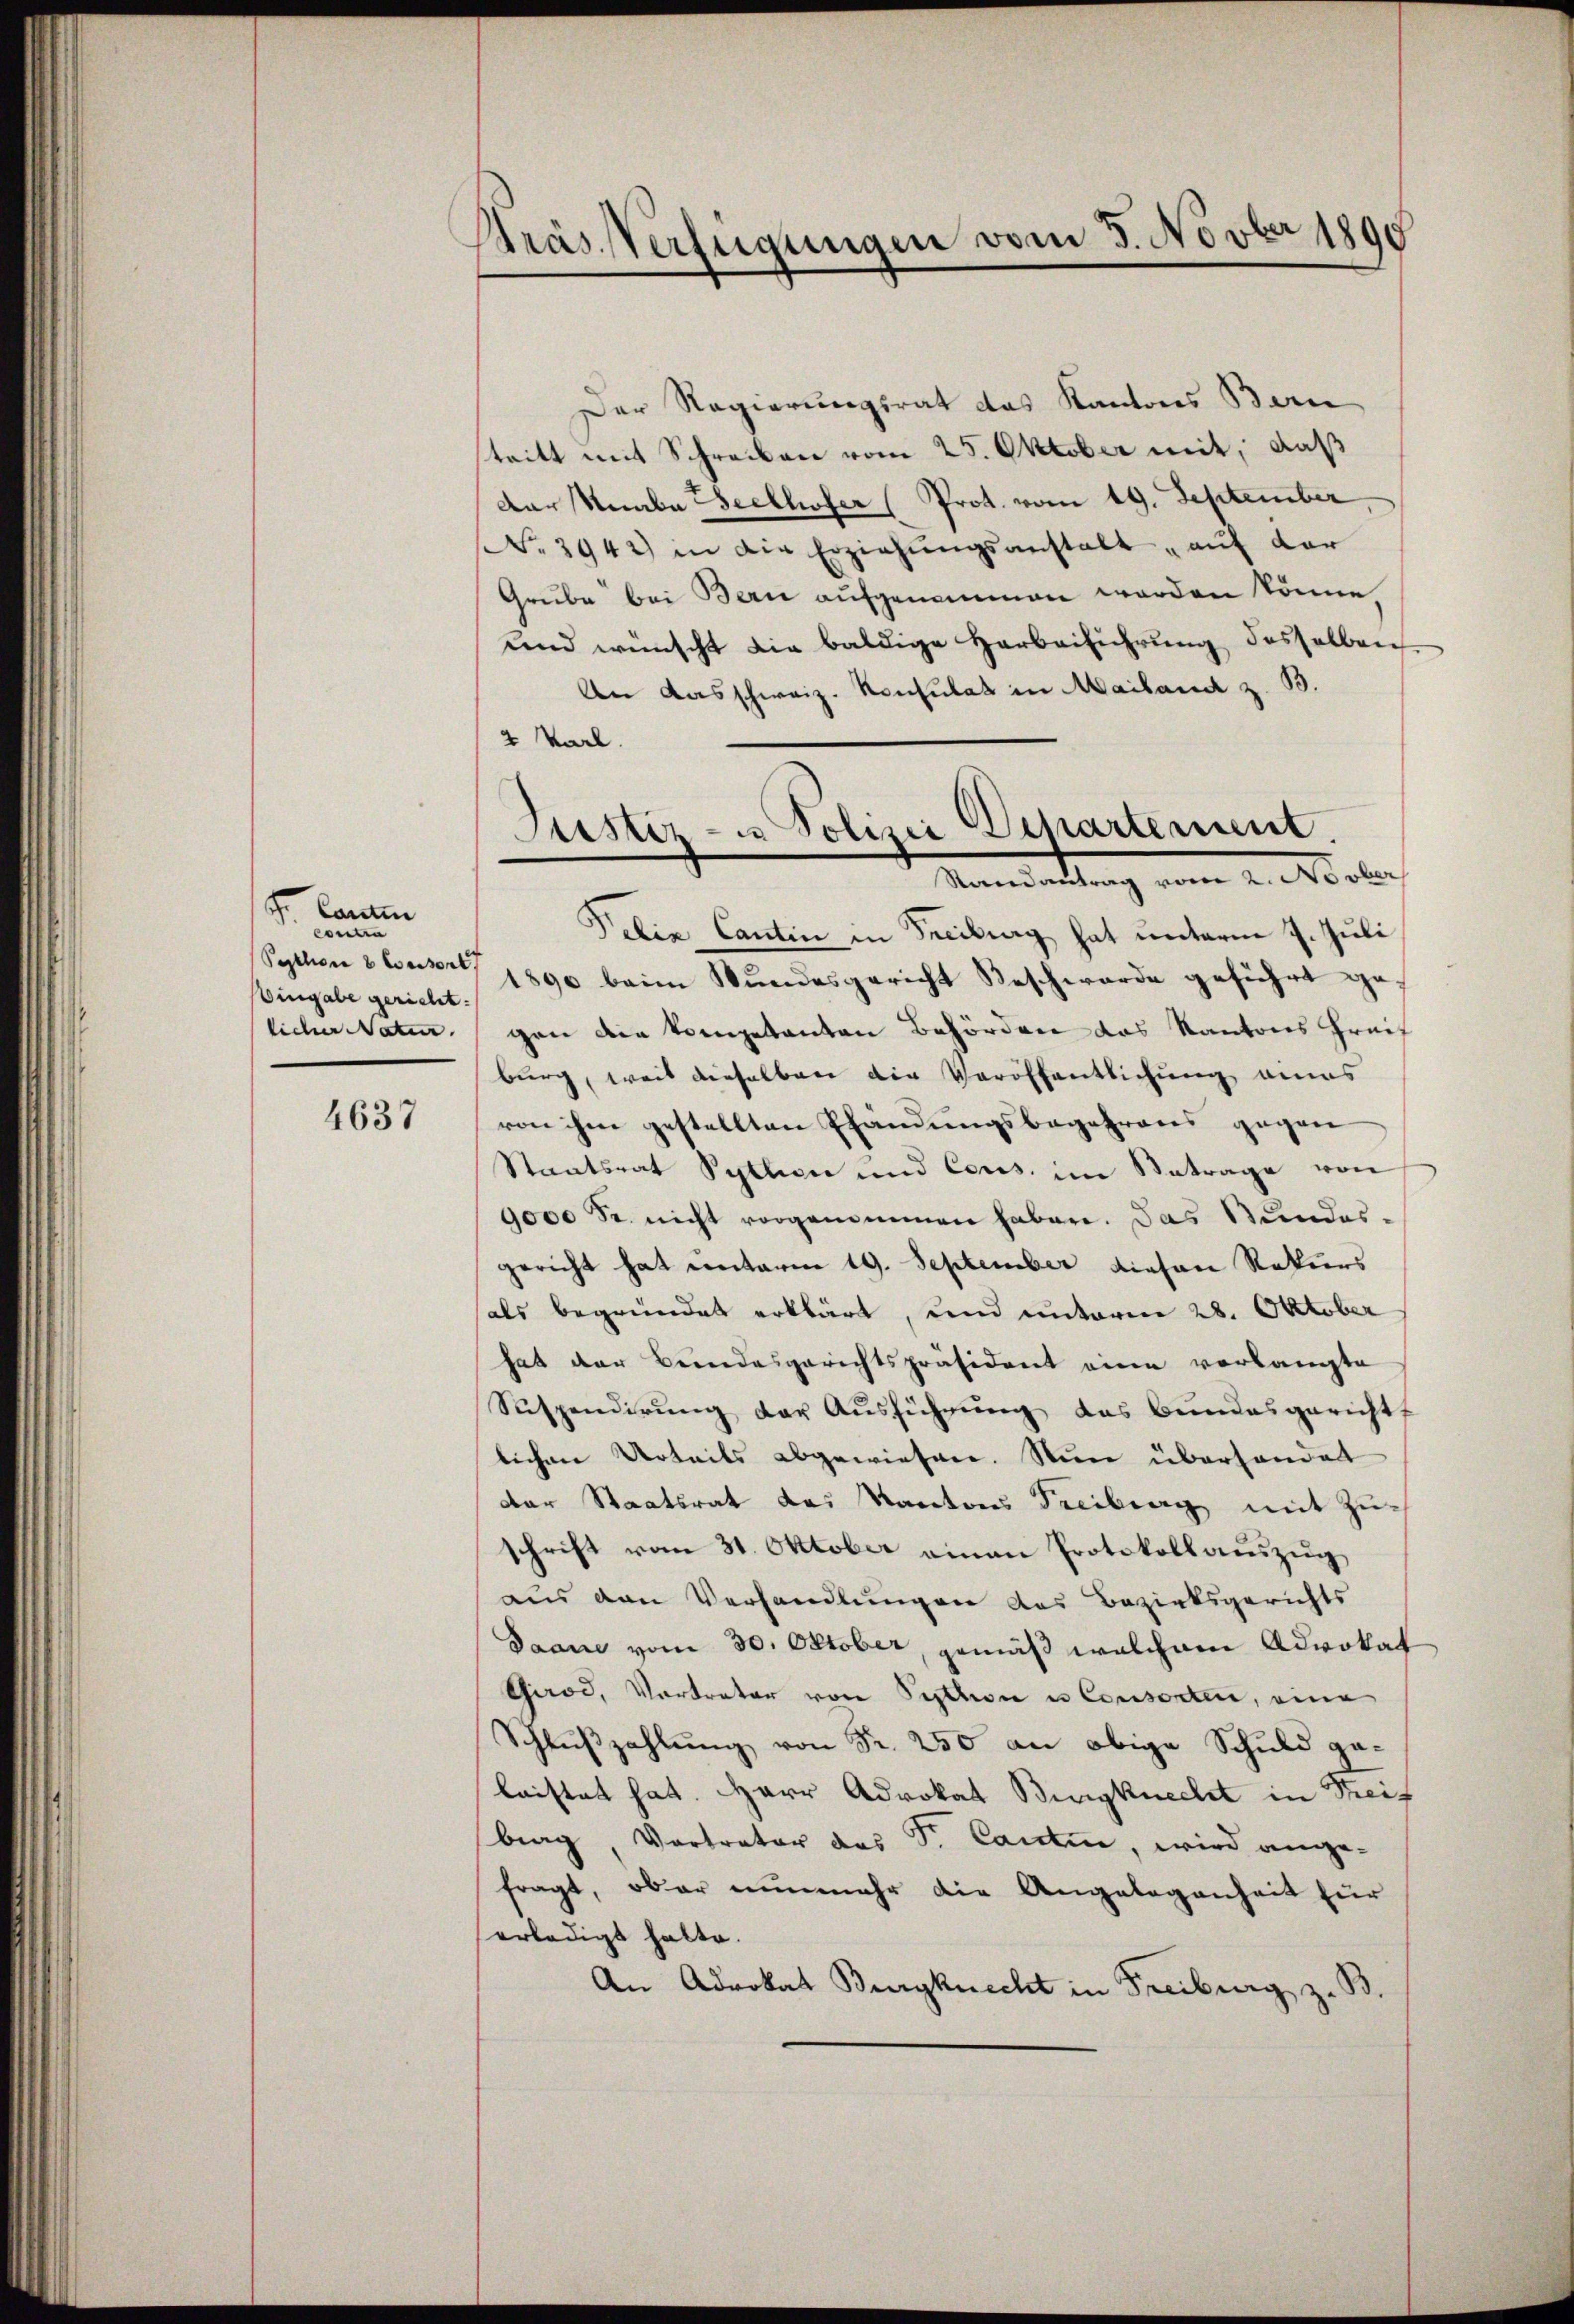
J. Carte
Contra
Peptliora 8 Waiserl
Eingabe gericht.
licher Natur.

4637

Präs. Verfügungen vom 8. Novber 1890

Der Regierungsrat das Kantons Ban
stritt mit Schreiben vom 25. Oktober mit, daß
Der Knabe Seelhofer (Prot. vom 19. September
No. 2942) in die Erziehŭngsanstalt auf der
Grube bei Bern aufgenommen worden könne
und wünscht die baldige Harbeiführung desselben
An das schweiz. Konsulat in Mailand z. B.
2 Karl.

Justiz- u Polizei Departement.
Randantrag vor 2. No ober
Felix Cantin in Freiburg hat unterm 7. Juli

1890 beim Wundesgericht Beschwerde geführt gegen die kompetenten Behörden das Kantons Greif
burg, weil dieselben die Veröffentlichung eines
von ihm gestellten Pfändungsbegehrens gegen
Staatsrat Pytlen und Cons. im Betrage von
9000 Sr. nicht vorgenommen haben. Das Bundes-
gericht hat unterm 19. September diesen Rekurs
als begründet erklärt, und unteren 28. Oktober
hat der Bundesgerichtspräsident eine verlangte
Suspendirŭng der Aŭsführŭng das Bundesgericht
lichen Urteils abgewiesen. Nun überhander
der Staatsrat des Kantons Freiburg mit Zuschrift vom 31. Oktober einen Protokoll auszug
aus den Verhandlungen das Bezirksgerichts
Daane vom 30. Oktober, gemäß welchem Advokat
Girod, Vertreter von Pischon u Consorten, eine
Schlußzahlung von Fr. 250 an obige Schuld gelaistet hat. Herr Advokat Burgknecht in Streif
brag, Vortrator das Sr. Cantin, wird angefragt, ober nunmehr die Angelegenheit für
erledigt hatte.
An Advokat Burgknecht in Freiburg z.
.